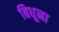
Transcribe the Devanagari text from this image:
बिधूना